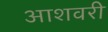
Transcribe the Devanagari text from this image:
आशवरी